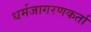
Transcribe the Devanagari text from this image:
धर्मजागरणकर्ता